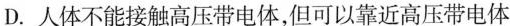
D.人体不能接触高压带电体，但可以靠近高压带电体